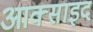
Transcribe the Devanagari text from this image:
आक्साइद